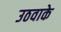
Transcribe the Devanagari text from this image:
उठवाके